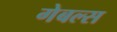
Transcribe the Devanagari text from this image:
गेबल्स